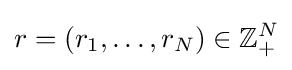
r=(r_{1},\dots ,r_{N})\in \mathbb {Z} _{+}^{N}